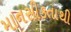
માનસીકતાથી